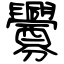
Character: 釁